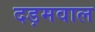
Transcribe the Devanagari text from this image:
दड़मवाल